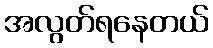
အလွတ်ရနေတယ်